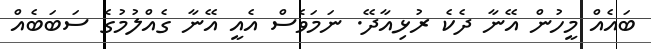
ބައެއް މީހުން އޭނާ ދެކެ ރުޅިއާދޭ. ނަމަވެސް އެއީ އޭނާ ގެއްލުމުގެ ސަބަބެއް